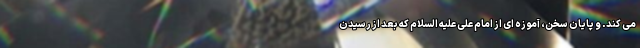
می کند. و پایان سخن، آموزه ای از امام علی علیه السلام که بعد از رسیدن